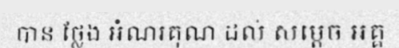
បាន ថ្លែង អំណរគុណ ដល់ សម្តេច អគ្គ